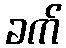
ခက်